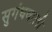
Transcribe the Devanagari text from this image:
सुगंधवाली